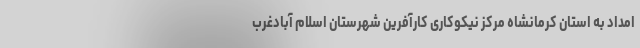
امداد به استان کرمانشاه مرکز نیکوکاری کارآفرین شهرستان اسلام آبادغرب